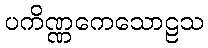
ပကိဏ္ဏကေသောဠသ